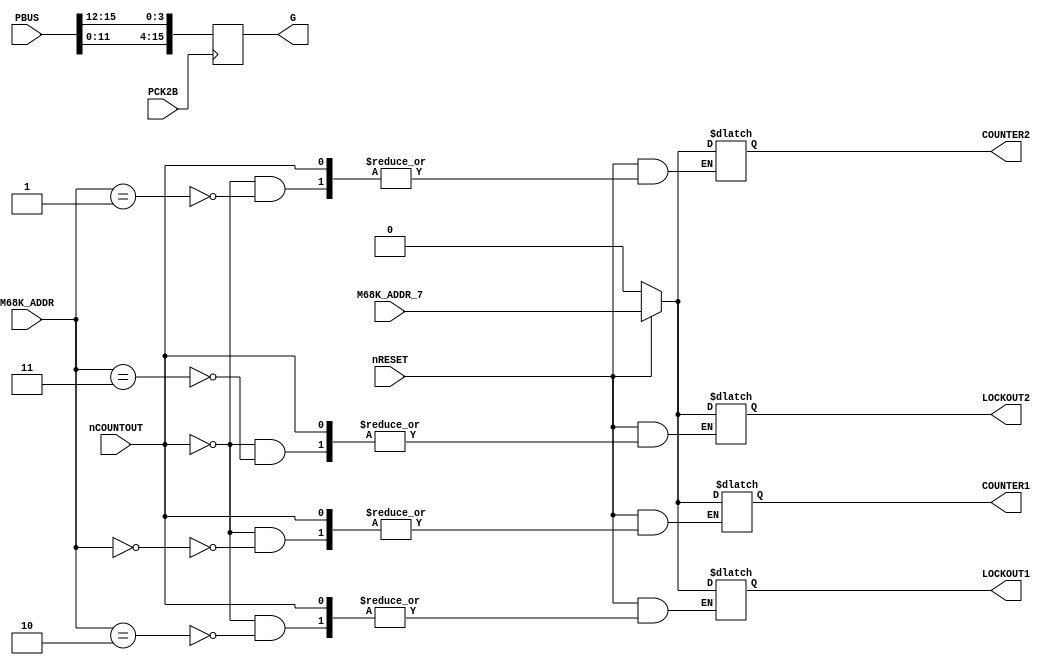
module neo_i0(
	// OR, AND gate and sync inverter are kept in neogeo.v
	input nRESET,
	input nCOUNTOUT,
	input [3:1] M68K_ADDR,
	input M68K_ADDR_7,
	output reg COUNTER1,
	output reg COUNTER2,
	output reg LOCKOUT1,
	output reg LOCKOUT2,
	input [15:0] PBUS,
	input PCK2B,
	output reg [15:0] G
);
	
	always @(posedge PCK2B)
		G <= {PBUS[11:0], PBUS[15:12]};
	
	// A7=Counter/lockout data
	// A1=1/2
	// A2=Counter/lockout

	always @(nCOUNTOUT, nRESET)
	begin
		if (!nRESET)
		begin
			COUNTER1 <= 1'b0;
			COUNTER2 <= 1'b0;
			LOCKOUT1 <= 1'b0;
			LOCKOUT2 <= 1'b0;
		end
		else
		begin
			if (!nCOUNTOUT)
			begin
				// DEBUG
				if ({M68K_ADDR_7, M68K_ADDR[3:1]} == 4'b0000)
					$display("COIN COUNTER 1 RESET");
				else if ({M68K_ADDR_7, M68K_ADDR[3:1]} == 4'b0001)
					$display("COIN COUNTER 2 RESET");
				else if ({M68K_ADDR_7, M68K_ADDR[3:1]} == 4'b0010)
					$display("COIN LOCKOUT 1 RESET");
				else if ({M68K_ADDR_7, M68K_ADDR[3:1]} == 4'b0011)
					$display("COIN LOCKOUT 2 RESET");
				else if ({M68K_ADDR_7, M68K_ADDR[3:1]} == 4'b1000)
					$display("COIN COUNTER 1 SET");
				else if ({M68K_ADDR_7, M68K_ADDR[3:1]} == 4'b1001)
					$display("COIN COUNTER 2 SET");
				else if ({M68K_ADDR_7, M68K_ADDR[3:1]} == 4'b1010)
					$display("COIN LOCKOUT 1 SET");
				else if ({M68K_ADDR_7, M68K_ADDR[3:1]} == 4'b1011)
					$display("COIN LOCKOUT 2 SET");
				
				if (M68K_ADDR[3:1] == 3'b000) COUNTER1 <= M68K_ADDR_7;
				if (M68K_ADDR[3:1] == 3'b001) COUNTER2 <= M68K_ADDR_7;
				if (M68K_ADDR[3:1] == 3'b010) LOCKOUT1 <= M68K_ADDR_7;
				if (M68K_ADDR[3:1] == 3'b011) LOCKOUT2 <= M68K_ADDR_7;
			end
		end
	end
	
endmodule